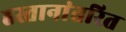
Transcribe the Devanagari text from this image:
हस्तानांतरित